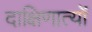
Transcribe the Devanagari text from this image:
दाक्षिणात्यों